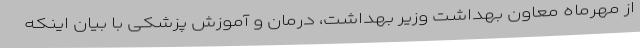
از مهرماه معاون بهداشت وزیر بهداشت، درمان و آموزش پزشکی با بیان اینکه